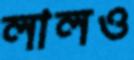
লালও